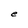
Character: e